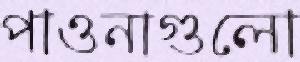
পাওনাগুলো